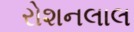
રોશનલાલ